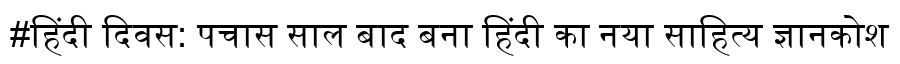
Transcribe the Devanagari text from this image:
#हिंदी दिवस: पचास साल बाद बना हिंदी का नया साहित्य ज्ञानकोश